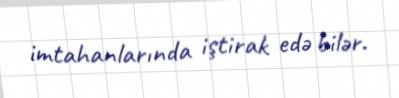
imtahanlarında iştirak edə bilər.